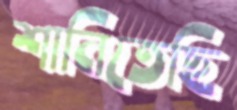
শানিতেছি